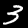
Digit: 3